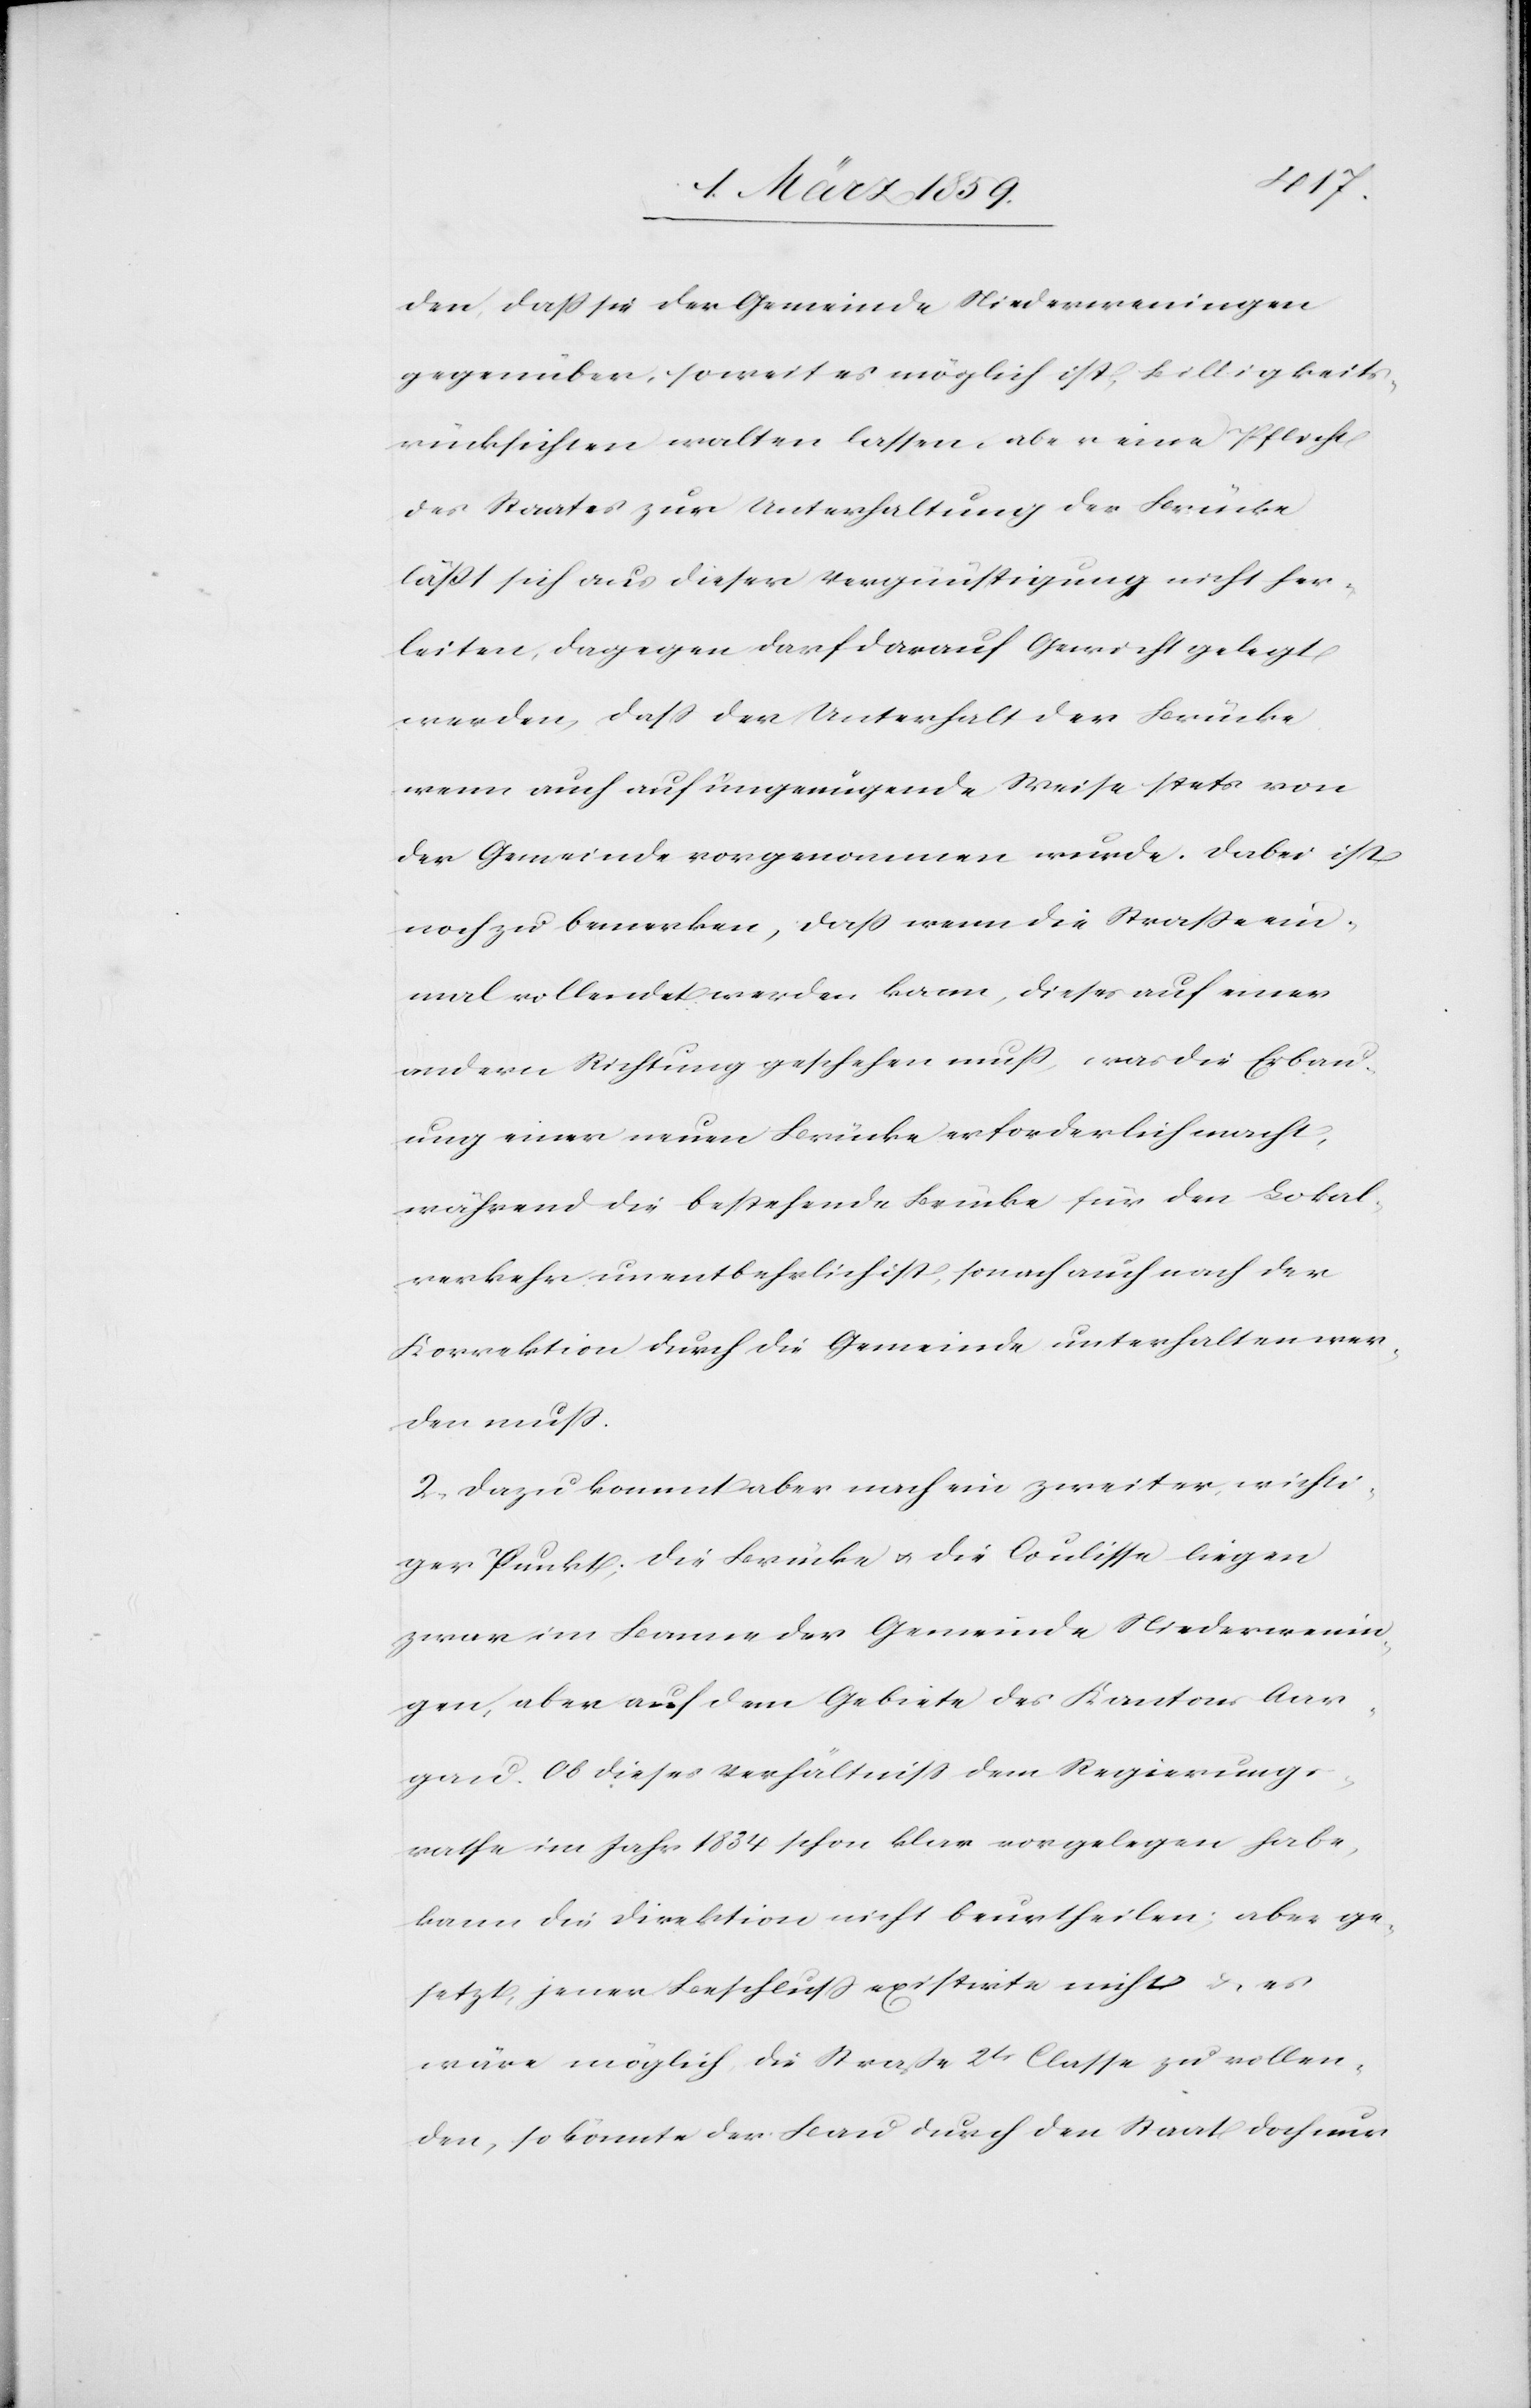
den, daß sie der Gemeinde Niederweningen
gegenüber, soweit es möglich ist, Billigkeits¬
rücksichten walten lassen, aber eine Pflicht
des Staates zur Unterhaltung der Brücke
läßt sich aus dieser Vergünstigung nicht her¬
leiten, dagegen darf darauf Gewicht gelegt
werden, daß der Unterhalt der Brücke
wenn auch auf ungenügende Weise stets von
der Gemeinde vorgenommen wurde. Dabei ist
noch zu bemerken, daß wenn die Straße ein¬
mal vollendet werden kann, dieses auf einer
andern Richtung geschehen muß, was die Erbau¬
ung einer neuen Brücke erforderlich macht,
während die bestehende Brücke für den Lokal¬
verkehr unentbehrlich ist, sonach auch nach der
Korrektion durch die Gemeinde unterhalten wer¬
den muß.
2) Dazu kommt aber noch ein zweiter, wichti¬
ger Punkt; die Brücke u. die Coulisse liegen
zwar im Banne der Gemeinde Niederwenin¬
gen, aber auf dem Gebiete des Kantons Aar¬
gau. Ob dieses Verhältniß dem Regierungs¬
rathe im Jahr 1834 schon klar vorgelegen habe,
kann die Direktion nicht beurtheilen; aber ge¬
setzt, jener Beschluß existirte nicht u. es
wäre möglich, die Straße 2tr Classe zu vollen¬
den, so könnte der Bau durch den Staat doch nur